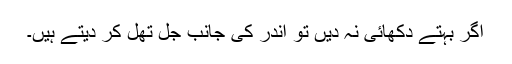
اگر بہتے دکھائی نہ دیں تو اندر کی جانب جل تھل کر دیتے ہیں۔